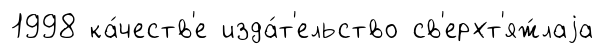
1998 ка́честв'е изда́т'ельство св'ерхт'яж́лаjа